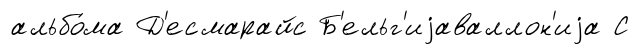
альбо́ма Д'есмарайс Б'ельг'иjаваллон'иjа С